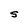
Character: S